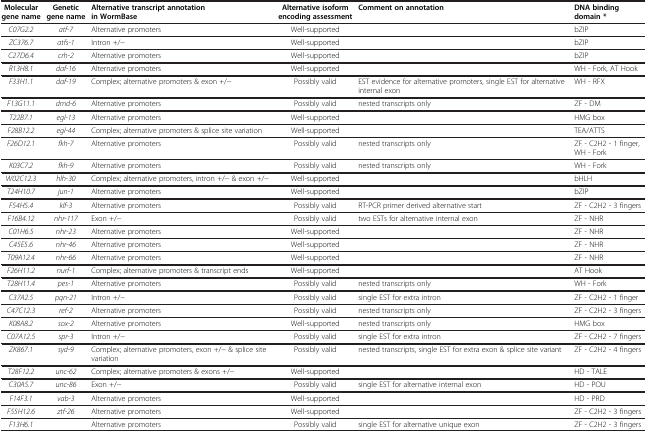
<table><thead><tr><td><b>Molecular gene name</b></td><td><b>Genetic gene name</b></td><td><b>Alternative transcript annotation in WormBase</b></td><td><b>Alternative isoform encoding assessment</b></td><td><b>Comment on annotation</b></td><td><b>DNA binding domain *</b></td></tr></thead><tbody><tr><td><i>C07G2.2</i></td><td><i>atf-7</i></td><td>Alternative promoters</td><td>Well-supported</td><td> </td><td>bZIP</td></tr><tr><td><i>ZC376.7</i></td><td><i>atfs-1</i></td><td>Intron +/−</td><td>Well-supported</td><td> </td><td>bZIP</td></tr><tr><td><i>C27D6.4</i></td><td><i>crh-2</i></td><td>Alternative promoters</td><td>Well-supported</td><td> </td><td>bZIP</td></tr><tr><td><i>R13H8.1</i></td><td><i>daf-16</i></td><td>Alternative promoters</td><td>Well-supported</td><td> </td><td>WH - Fork, AT Hook</td></tr><tr><td><i>F33H1.1</i></td><td><i>daf-19</i></td><td>Complex; alternative promoters &amp; exon +/−</td><td>Possibly valid</td><td>EST evidence for alternative promoters, single EST for alternative internal exon</td><td>WH - RFX</td></tr><tr><td><i>F13G11.1</i></td><td><i>dmd-6</i></td><td>Alternative promoters</td><td>Possibly valid</td><td>nested transcripts only</td><td>ZF - DM</td></tr><tr><td><i>T22B7.1</i></td><td><i>egl-13</i></td><td>Alternative promoters</td><td>Well-supported</td><td> </td><td>HMG box</td></tr><tr><td><i>F28B12.2</i></td><td><i>egl-44</i></td><td>Complex; alternative promoters &amp; splice site variation</td><td>Well-supported</td><td> </td><td>TEA/ATTS</td></tr><tr><td><i>F26D12.1</i></td><td><i>fkh-7</i></td><td>Alternative promoters</td><td>Possibly valid</td><td>nested transcripts only</td><td>ZF - C2H2 - 1 finger, WH - Fork</td></tr><tr><td><i>K03C7.2</i></td><td><i>fkh-9</i></td><td>Alternative promoters</td><td>Possibly valid</td><td>nested transcripts only</td><td>WH - Fork</td></tr><tr><td><i>W02C12.3</i></td><td><i>hlh-30</i></td><td>Complex; alternative promoters, intron +/− &amp; exon +/−</td><td>Well-supported</td><td> </td><td>bHLH</td></tr><tr><td><i>T24H10.7</i></td><td><i>jun-1</i></td><td>Alternative promoters</td><td>Well-supported</td><td> </td><td>bZIP</td></tr><tr><td><i>F54H5.4</i></td><td><i>klf-3</i></td><td>Alternative promoters</td><td>Possibly valid</td><td>RT-PCR primer derived alternative start</td><td>ZF - C2H2 - 3 fingers</td></tr><tr><td><i>F16B4.12</i></td><td><i>nhr-117</i></td><td>Exon +/−</td><td>Possibly valid</td><td>two ESTs for alternative internal exon</td><td>ZF - NHR</td></tr><tr><td><i>C01H6.5</i></td><td><i>nhr-23</i></td><td>Alternative promoters</td><td>Well-supported</td><td> </td><td>ZF - NHR</td></tr><tr><td><i>C45E5.6</i></td><td><i>nhr-46</i></td><td>Alternative promoters</td><td>Well-supported</td><td> </td><td>ZF - NHR</td></tr><tr><td><i>T09A12.4</i></td><td><i>nhr-66</i></td><td>Alternative promoters</td><td>Well-supported</td><td> </td><td>ZF - NHR</td></tr><tr><td><i>F26H11.2</i></td><td><i>nurf-1</i></td><td>Complex; alternative promoters &amp; transcript ends</td><td>Well-supported</td><td> </td><td>AT Hook</td></tr><tr><td><i>T28H11.4</i></td><td><i>pes-1</i></td><td>Alternative promoters</td><td>Possibly valid</td><td>nested transcripts only</td><td>WH - Fork</td></tr><tr><td><i>C37A2.5</i></td><td><i>pqn-21</i></td><td>Intron +/−</td><td>Possibly valid</td><td>single EST for extra intron</td><td>ZF - C2H2 - 1 finger</td></tr><tr><td><i>C47C12.3</i></td><td><i>ref-2</i></td><td>Alternative promoters</td><td>Possibly valid</td><td>nested transcripts only</td><td>ZF - C2H2 - 3 fingers</td></tr><tr><td><i>K08A8.2</i></td><td><i>sox-2</i></td><td>Alternative promoters</td><td>Well-supported</td><td>nested transcripts only</td><td>HMG box</td></tr><tr><td><i>C07A12.5</i></td><td><i>spr-3</i></td><td>Intron +/−</td><td>Possibly valid</td><td>single EST for extra intron</td><td>ZF - C2H2 - 7 fingers</td></tr><tr><td><i>ZK867.1</i></td><td><i>syd-9</i></td><td>Complex; alternative promoters, exon +/− &amp; splice site variation</td><td>Possibly valid</td><td>nested transcripts, single EST for extra exon &amp; splice site variant</td><td>ZF - C2H2 - 4 fingers</td></tr><tr><td><i>T28F12.2</i></td><td><i>unc-62</i></td><td>Complex; alternative promoters &amp; exons +/−</td><td>Well-supported</td><td> </td><td>HD - TALE</td></tr><tr><td><i>C30A5.7</i></td><td><i>unc-86</i></td><td>Exon +/−</td><td>Possibly valid</td><td>single EST for alternative internal exon</td><td>HD - POU</td></tr><tr><td><i>F14F3.1</i></td><td><i>vab-3</i></td><td>Alternative promoters</td><td>Well-supported</td><td> </td><td>HD - PRD</td></tr><tr><td><i>F55H12.6</i></td><td><i>ztf-26</i></td><td>Alternative promoters</td><td>Well-supported</td><td> </td><td>ZF - C2H2 - 3 fingers</td></tr><tr><td><i>F13H6.1</i></td><td> </td><td>Alternative promoters</td><td>Possibly valid</td><td>single EST for alternative unique exon</td><td>ZF - C2H2 - 3 fingers</td></tr></tbody></table>